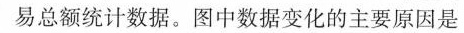
易总额统计数据。图中数据变化的主要原因是